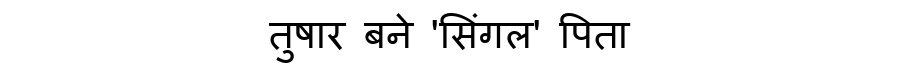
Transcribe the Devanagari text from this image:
तुषार बने 'सिंगल' पिता